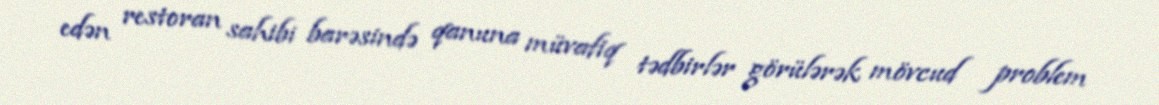
edən restoran sahibi barəsində qanuna müvafiq tədbirlər görülərək mövcud problem